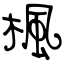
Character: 楓